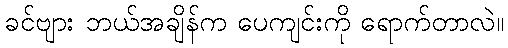
ခင်ဗျား ဘယ်အချိန်က ပေကျင်းကို ရောက်တာလဲ။